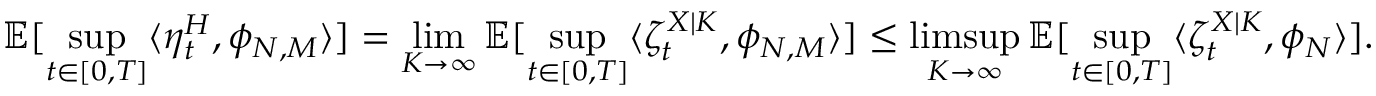
\mathbb { E } [ \operatorname* { s u p } _ { t \in [ 0 , T ] } \langle \eta _ { t } ^ { H } , \phi _ { N , M } \rangle ] = \operatorname* { l i m } _ { K \to \infty } \mathbb { E } [ \operatorname* { s u p } _ { t \in [ 0 , T ] } \langle \zeta _ { t } ^ { X | K } , \phi _ { N , M } \rangle ] \leq \operatorname* { l i m s u p } _ { K \to \infty } \mathbb { E } [ \operatorname* { s u p } _ { t \in [ 0 , T ] } \langle \zeta _ { t } ^ { X | K } , \phi _ { N } \rangle ] .